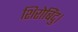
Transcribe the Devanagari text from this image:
शिरोबिंदु।